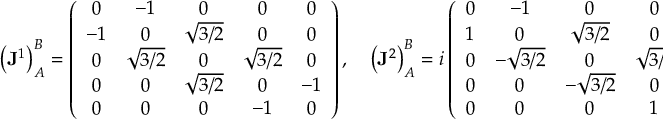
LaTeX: \left( { \bf J } ^ { 1 } \right) _ { A } ^ { B } = \left( \begin{array} { c c c c c } { { 0 } } & { { - 1 } } & { { 0 } } & { { 0 } } & { { 0 } } \\ { { - 1 } } & { { 0 } } & { { \sqrt { 3 / 2 } } } & { { 0 } } & { { 0 } } \\ { { 0 } } & { { \sqrt { 3 / 2 } } } & { { 0 } } & { { \sqrt { 3 / 2 } } } & { { 0 } } \\ { { 0 } } & { { 0 } } & { { \sqrt { 3 / 2 } } } & { { 0 } } & { { - 1 } } \\ { { 0 } } & { { 0 } } & { { 0 } } & { { - 1 } } & { { 0 } } \end{array} \right) , \quad \left( { \bf J } ^ { 2 } \right) _ { A } ^ { B } = i \left( \begin{array} { c c c c c } { { 0 } } & { { - 1 } } & { { 0 } } & { { 0 } } & { { 0 } } \\ { { 1 } } & { { 0 } } & { { \sqrt { 3 / 2 } } } & { { 0 } } & { { 0 } } \\ { { 0 } } & { { - \sqrt { 3 / 2 } } } & { { 0 } } & { { \sqrt { 3 / 2 } } } & { { 0 } } \\ { { 0 } } & { { 0 } } & { { - \sqrt { 3 / 2 } } } & { { 0 } } & { { - 1 } } \\ { { 0 } } & { { 0 } } & { { 0 } } & { { 1 } } & { { 0 } } \end{array} \right) , \quad \left( { \bf J } ^ { 3 } \right) _ { A } ^ { B } = \left( { \bf J } ^ { 0 } \right) _ { A } ^ { B }